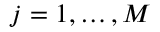
j = 1 , \dots , M